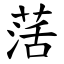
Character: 萿